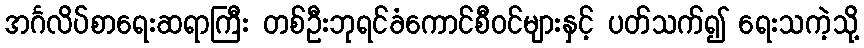
အင်္ဂလိပ်စာရေးဆရာကြီး တစ်ဦးဘုရင်ခံကောင်စီဝင်များနှင့် ပတ်သက်၍ ရေးသကဲ့သို့